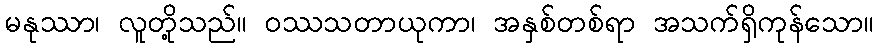
မနုဿာ၊ လူတို့သည်။ ဝဿသတာယုကာ၊ အနှစ်တစ်ရာ အသက်ရှိကုန်သော။